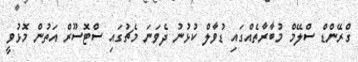
ގްރޭންޑް ސްލޭމް މުބާރާތެއްގައި ޑުވާލް ކުޅުނު ދެވަނަ މެޗުގައި ސްޓޮސޫރް އަތުން މޮޅުވީ